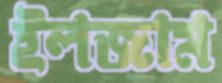
ইলজাম